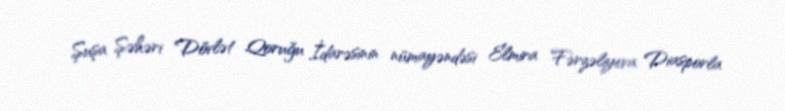
Şuşa Şəhəri Dövlət Qoruğu İdarəsinin nümayəndəsi Elmira Fərzəliyeva Diasporla